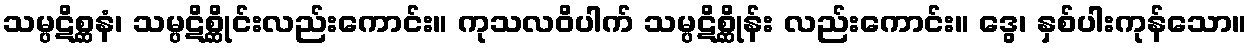
သမ္ပဋိစ္ဆနံ၊ သမ္ပဋိစ္ဆိုင်းလည်းကောင်း။ ကုသလဝိပါက် သမ္ပဋိစ္ဆိုန်း လည်းကောင်း။ ဒွေ၊ နှစ်ပါးကုန်သော။